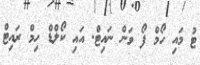
ޓު މައި ހޯމް ފޯ ވަން ނައިޓް. އައި ކޯލްޑް ހިމް ރައިޓް